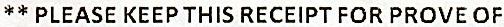
** PLEASE KEEP THIS RECEIPT FOR PROVE OF